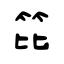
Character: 笓